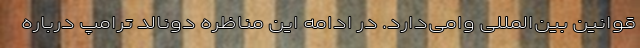
قوانین بین‌المللی وامی‌دارد. در ادامه این مناظره دونالد ترامپ درباره